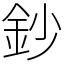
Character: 鈔